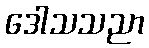
ဒေါသသညာ